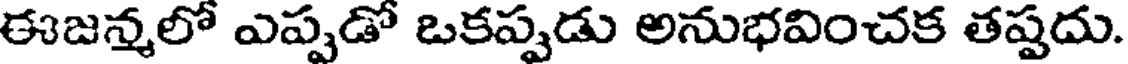
ఈజన్మలో ఎప్పడో ఒకప్పడు అనుభవించక తప్పదు.